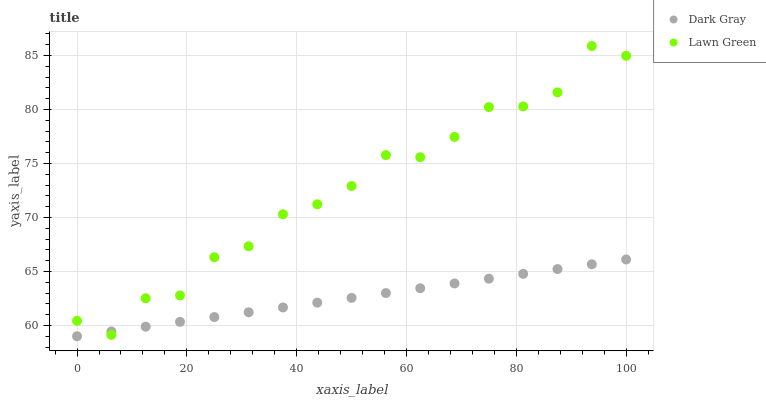
| xaxis_label | Dark Gray | Lawn Green |
 | --- | --- | --- |
 | 0 | 59 | 60.4 |
 | 6.25 | 59.4 | 59.1 |
 | 12.5 | 59.9 | 62.5 |
 | 18.8 | 60.3 | 62.8 |
 | 25 | 60.8 | 66.3 |
 | 31.2 | 61.2 | 67.3 |
 | 37.5 | 61.7 | 70.3 |
 | 43.8 | 62.1 | 71.2 |
 | 50 | 62.6 | 72.9 |
 | 56.2 | 63 | 75.8 |
 | 62.5 | 63.4 | 75.6 |
 | 68.8 | 63.9 | 77.5 |
 | 75 | 64.3 | 80.2 |
 | 81.2 | 64.8 | 80.3 |
 | 87.5 | 65.2 | 81.6 |
 | 93.8 | 65.7 | 85.9 |
 | 100 | 66.1 | 85 |